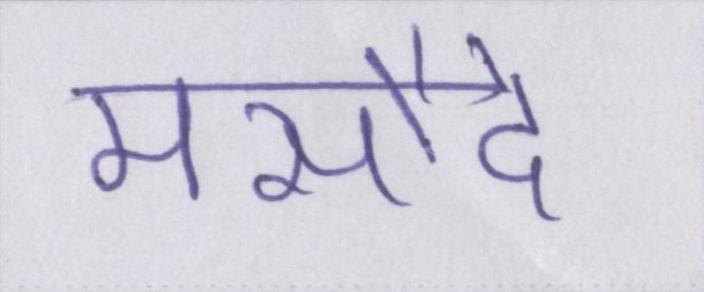
मसौदे